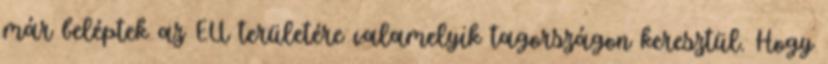
már beléptek az EU területére valamelyik tagországon keresztül. Hogy